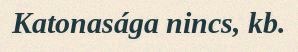
Katonasága nincs, kb.